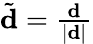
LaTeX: \begin{array}{r}{\tilde{\mathbf{d}}=\frac{\mathbf{d}}{|\mathbf{d}|}}\end{array}